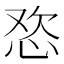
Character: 𱞓